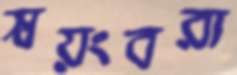
স্বয়ংবরা